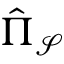
\hat { \Pi } _ { \mathcal { S } }